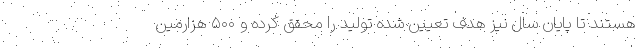
هستند تا پایان سال نیز هدف تعیین شده تولید را محقق کرده و ۵۰۰ هزارمین